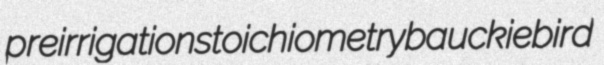
preirrigation stoichiometry bauckiebird